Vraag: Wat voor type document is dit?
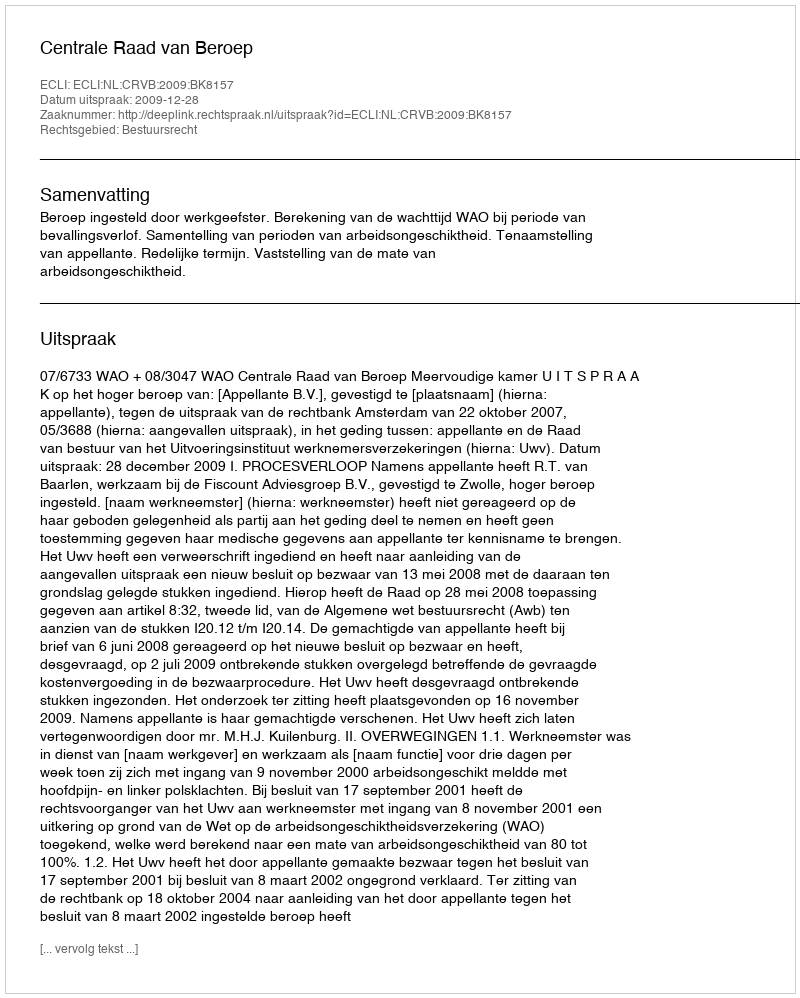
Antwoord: Uitspraak